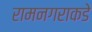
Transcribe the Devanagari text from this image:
रामनगराकडे